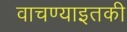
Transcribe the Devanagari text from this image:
वाचण्याइतकी